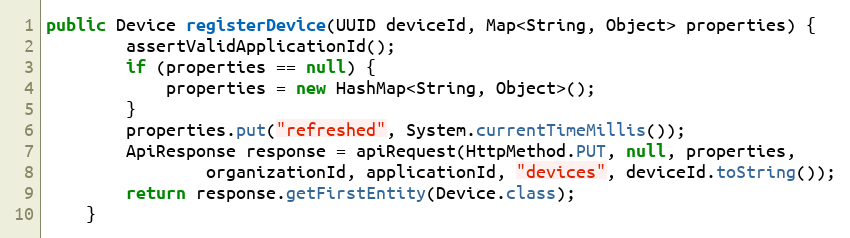
Language: Java
public Device registerDevice(UUID deviceId, Map<String, Object> properties) {
        assertValidApplicationId();
        if (properties == null) {
            properties = new HashMap<String, Object>();
        }
        properties.put("refreshed", System.currentTimeMillis());
        ApiResponse response = apiRequest(HttpMethod.PUT, null, properties,
                organizationId, applicationId, "devices", deviceId.toString());
        return response.getFirstEntity(Device.class);
    }